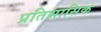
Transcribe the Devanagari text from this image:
प्रतिभासिक